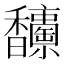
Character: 𩡥